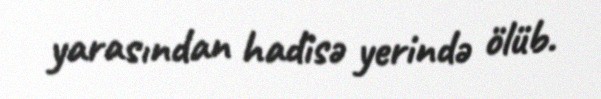
yarasından hadisə yerində ölüb.